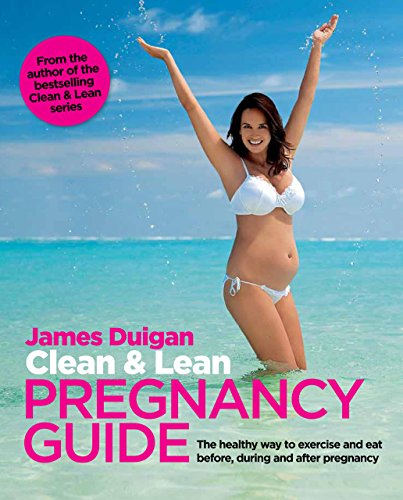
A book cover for Clean & Lean Pregnancy Guide: The healthy way to exercise and eat before, during and after pregnancy; James Duigan; Health, Fitness & Dieting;